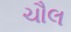
ચૌલ